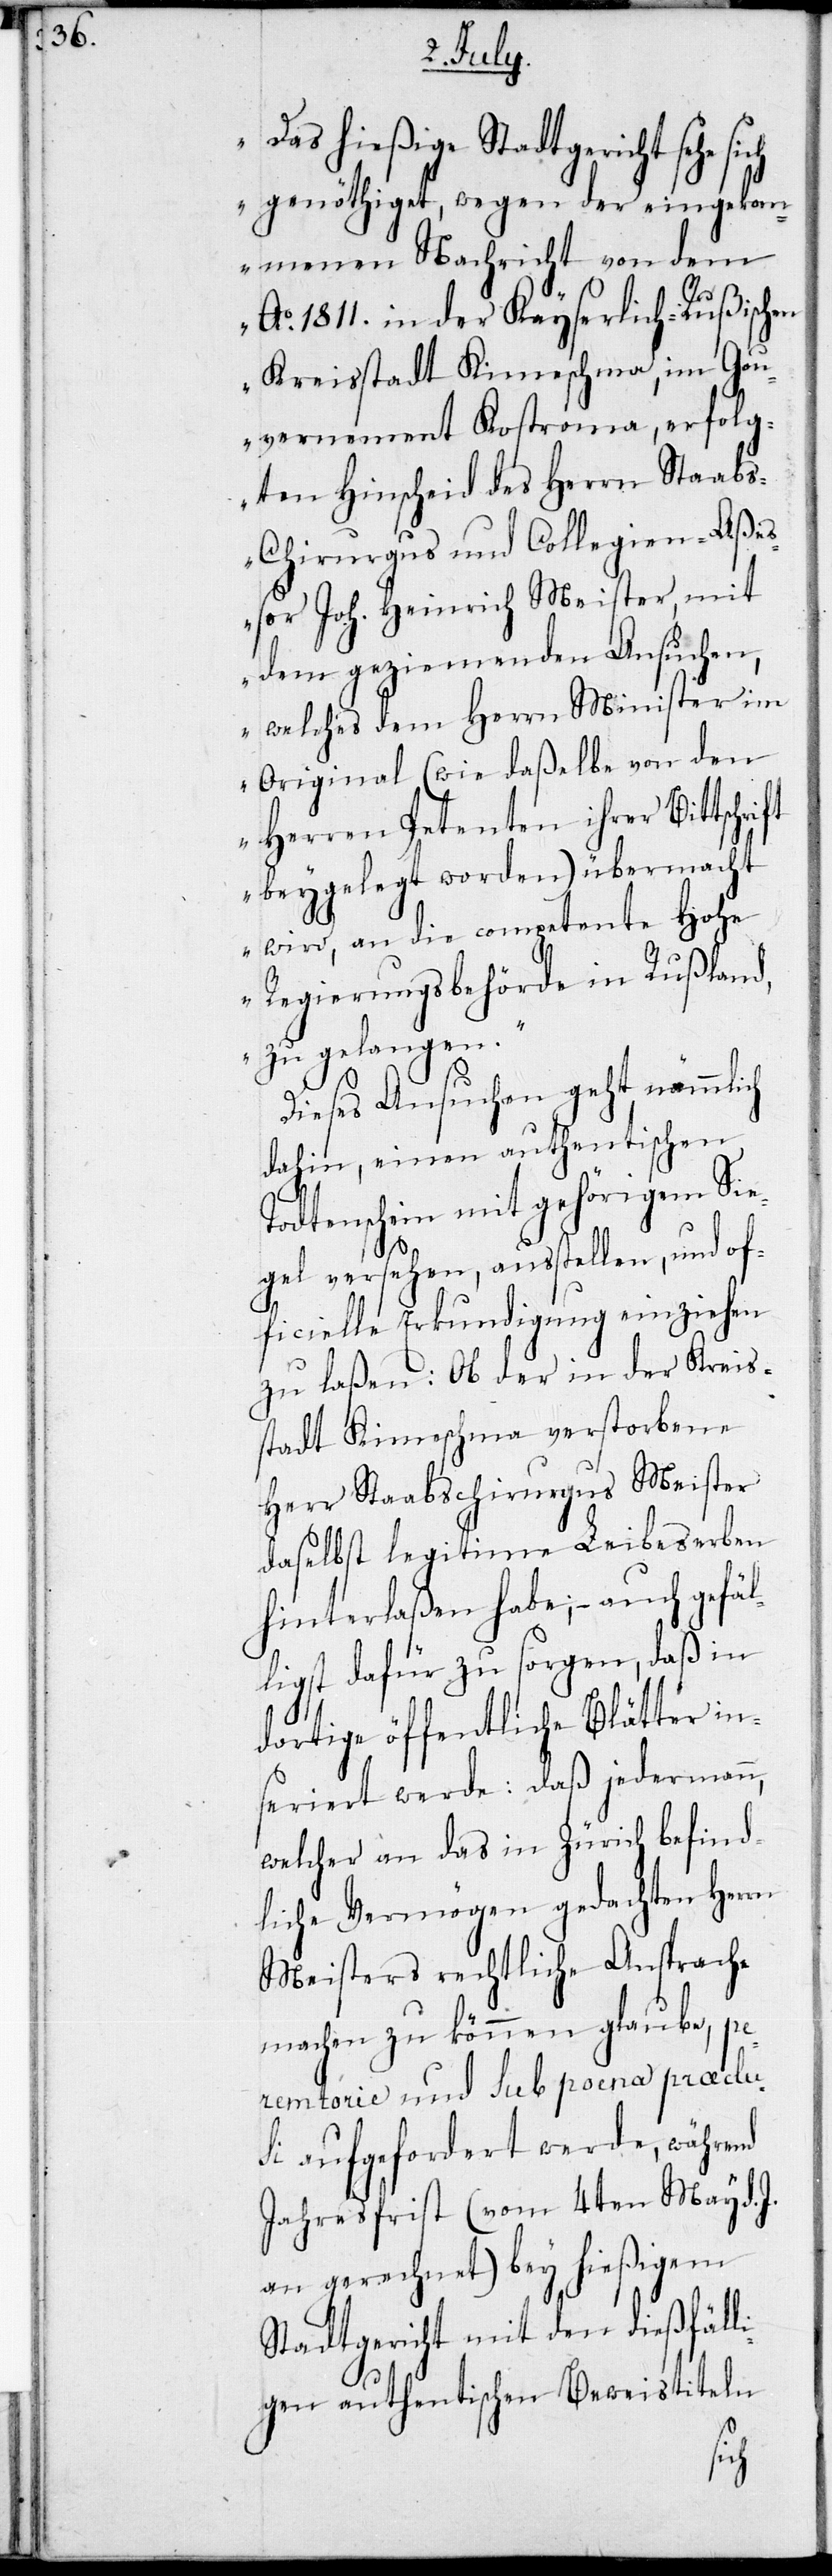
as hießige Stadtgericht sehe
genöthiget, wegen der eingekom¬
menen Nachricht von dem
Ao 1811. in der Kayserlich-Rußischen
Kreisstadt Kimeschma, erfol¬
gten Hinscheid des Herrn Staab¬
s-Chirurgus und Collegien-Aße¬
ßor Joh. Heinrich Meister, mit
dem geziemenden Ansuchen,
welches dem Herrn Minister im
Original (wie daßelbe von dem
Herren Petenten ihrer Bittschrift
beygelegt worden) übermacht
wird, an die competente Hohe
Regierungsbehörde in Rußland,
zu gelangen.“
Dieses Ansuchen geht nämmlich
dahin, einen authentischen
Todtenschein mit gehörigem Sie¬
gel versehen, ausstellen, und of¬
ficielle Erkundigung einziehen
zu laßen: Ob der in der Kreis¬
stadt Kimeschma verstorbene
Herr Staabschirurgus Meister
daselbst legitime Leibeserben
hinterlaßen habe; – auch gefäl¬
ligst dafür zu sorgen, daß in
dortige öffentliche Blätter in¬
seriert werde: daß jedermann,
welcher an das in Zürich befind¬
liche Vermögen gedachten Herrn
Meisters rechtliche Ansprache
machen zu können glaube, pe¬
remtorie und sub poena praeclus¬
i aufgefordert werde, während
Jahresfrist (vom 4ten May d. J.
an gerechnet) bey hießigem
Stadtgericht mit den dießfäll¬
igen authentischen Beweistiteln
„D¬